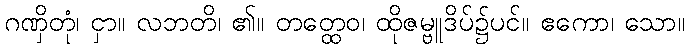
ဂဏှိတုံ၊ ငှာ။ လဘတိ၊ ၏။ တတ္ထေဝ၊ ထိုဇမ္ဗူဒိပ်၌ပင်။ ဧကော၊ သော။